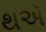
થઐ